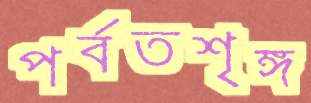
পর্বতশৃঙ্গ